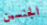
الجنسين